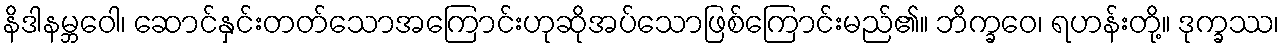
နိဒါနမ္ဘဝေါ၊ ဆောင်နှင်းတတ်သောအကြောင်းဟုဆိုအပ်သောဖြစ်ကြောင်းမည်၏။ ဘိက္ခဝေ၊ ရဟန်းတို့။ ဒုက္ခဿ၊